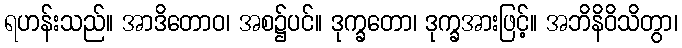
ရဟန်းသည်။ အာဒိတောဝ၊ အစ၌ပင်။ ဒုက္ခတော၊ ဒုက္ခအားဖြင့်။ အဘိနိဝိသိတွာ၊